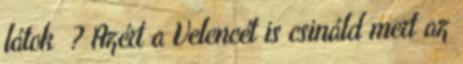
látok ? Azért a Velencét is csináld mert az